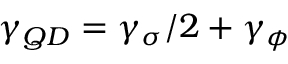
\gamma _ { Q D } = \gamma _ { \sigma } / 2 + \gamma _ { \phi }